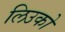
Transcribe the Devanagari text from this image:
लिउको